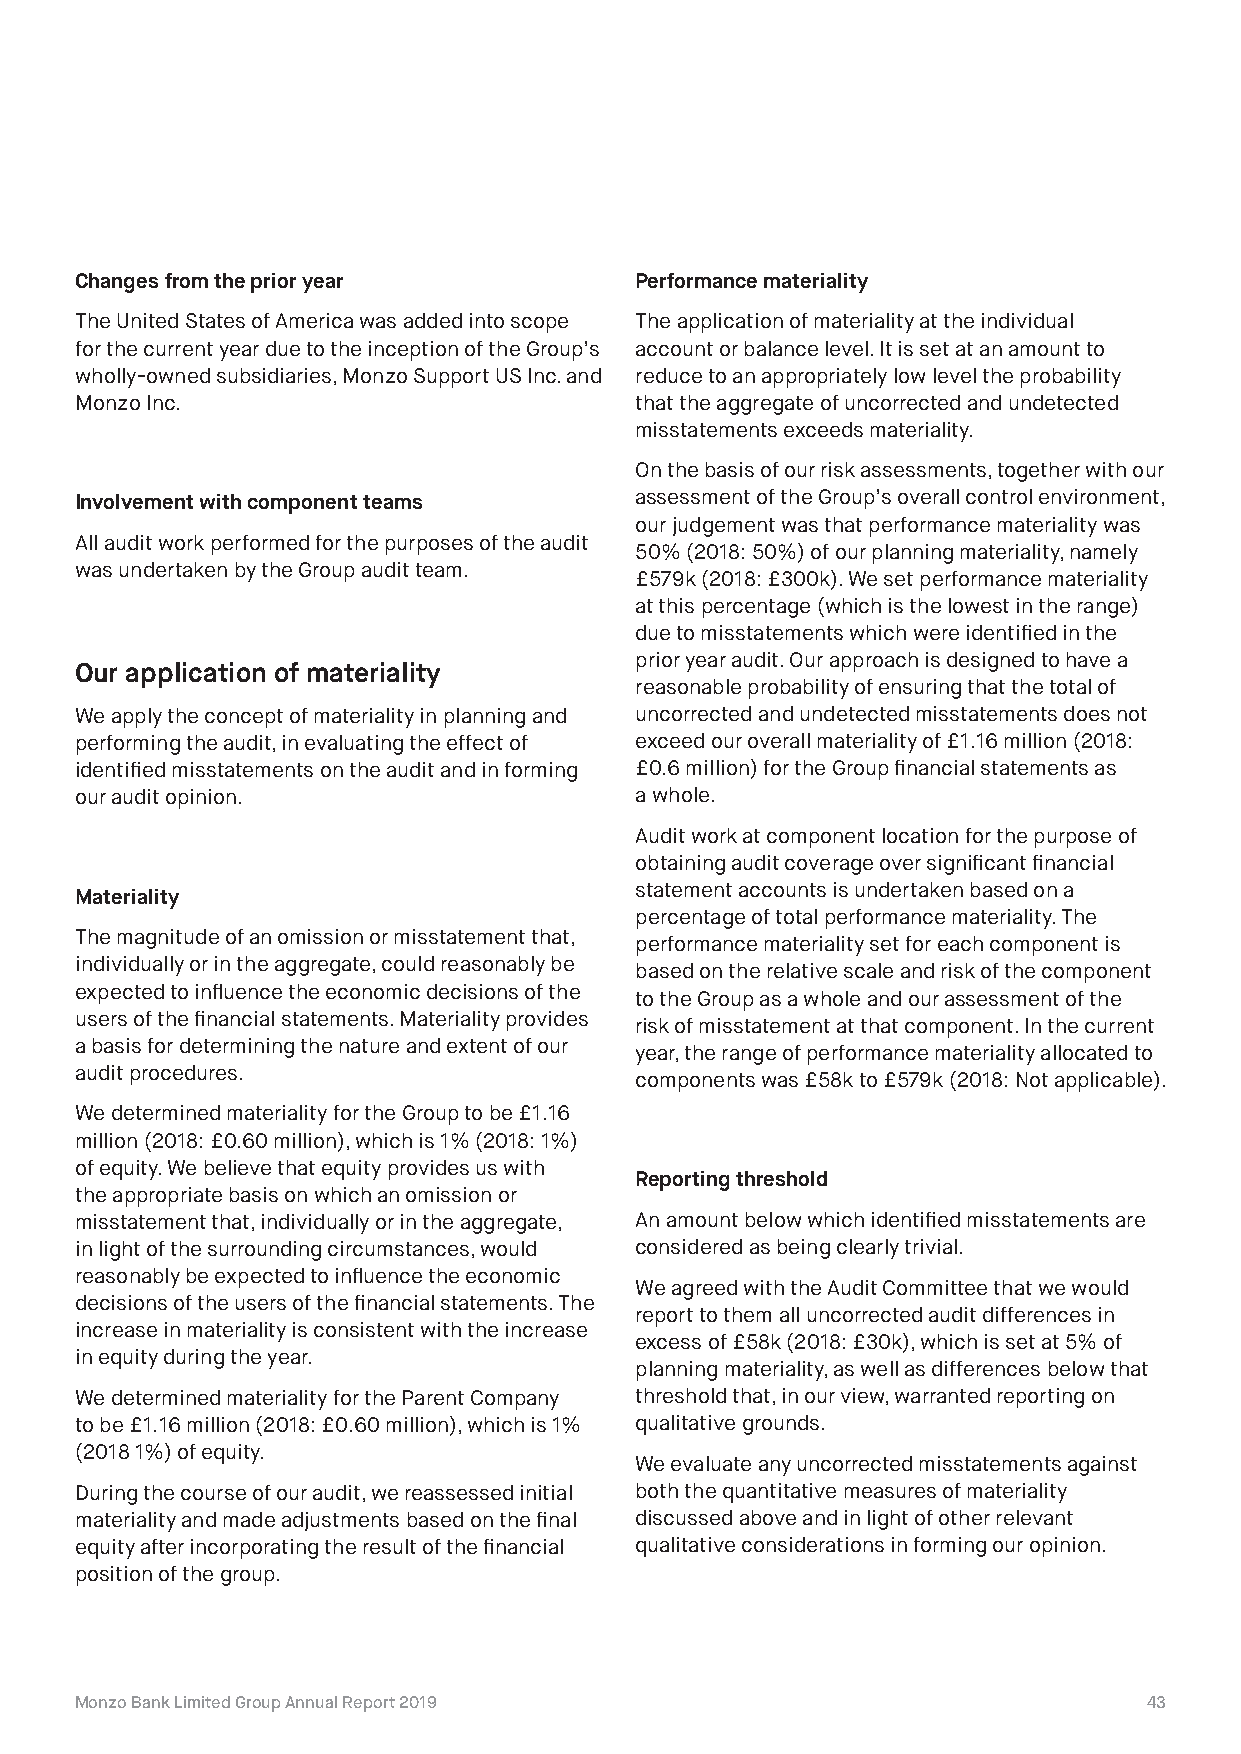
Changes from the prior year          Performance materiality
 The United States of America was added into scope The application of materiality at the individual
 for the current year due to the inception of the Group’s account or balance level. It is set at an amount to
 wholly-owned subsidiaries, Monzo Support US Inc. and reduce to an appropriately low level the probability
 Monzo Inc.                           that the aggregate of uncorrected and undetected
 misstatements exceeds materiality.
 On the basis of our risk assessments, together with our
 Involvement with component teams     assessment of the Group’s overall control environment,
 our judgement was that performance materiality was
 All audit work performed for the purposes of the audit
 50% (2018: 50%) of our planning materiality, namely
 was undertaken by the Group audit team.
 £579k (2018: £300k). We set performance materiality
 at this percentage (which is the lowest in the range)
 due to misstatements which were identified in the
 prior year audit. Our approach is designed to have a
 Our application of materiality
 reasonable probability of ensuring that the total of
 We apply the concept of materiality in planning and uncorrected and undetected misstatements does not
 performing the audit, in evaluating the effect of exceed our overall materiality of £1.16 million (2018:
 identified misstatements on the audit and in forming £0.6 million) for the Group financial statements as
 our audit opinion.                   a whole.
 Audit work at component location for the purpose of
 obtaining audit coverage over significant financial
 statement accounts is undertaken based on a
 Materiality
 percentage of total performance materiality. The
 The magnitude of an omission or misstatement that,
 performance materiality set for each component is
 individually or in the aggregate, could reasonably be
 based on the relative scale and risk of the component
 expected to influence the economic decisions of the
 to the Group as a whole and our assessment of the
 users of the financial statements. Materiality provides
 risk of misstatement at that component. In the current
 a basis for determining the nature and extent of our
 year, the range of performance materiality allocated to
 audit procedures.
 components was £58k to £579k (2018: Not applicable).
 We determined materiality for the Group to be £1.16
 million (2018: £0.60 million), which is 1% (2018: 1%)
 of equity. We believe that equity provides us with
 Reporting threshold
 the appropriate basis on which an omission or
 misstatement that, individually or in the aggregate, An amount below which identified misstatements are
 in light of the surrounding circumstances, would considered as being clearly trivial.
 reasonably be expected to influence the economic
 We agreed with the Audit Committee that we would
 decisions of the users of the financial statements. The
 report to them all uncorrected audit differences in
 increase in materiality is consistent with the increase
 excess of £58k (2018: £30k), which is set at 5% of
 in equity during the year.
 planning materiality, as well as differences below that
 We determined materiality for the Parent Company threshold that, in our view, warranted reporting on
 to be £1.16 million (2018: £0.60 million), which is 1% qualitative grounds.
 (2018 1%) of equity.
 We evaluate any uncorrected misstatements against
 During the course of our audit, we reassessed initial both the quantitative measures of materiality
 materiality and made adjustments based on the final discussed above and in light of other relevant
 equity after incorporating the result of the financial qualitative considerations in forming our opinion.
 position of the group.
 Monzo Bank Limited Group Annual Report 2019                            43